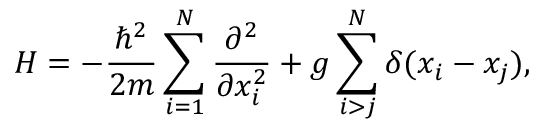
H = - \frac { \hbar ^ { 2 } } { 2 m } \sum _ { i = 1 } ^ { N } \frac { \partial ^ { 2 } } { \partial x _ { i } ^ { 2 } } + g \sum _ { i > j } ^ { N } \delta ( x _ { i } - x _ { j } ) ,